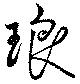
琅